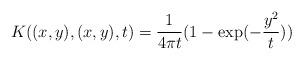
LaTeX: \begin{align*}K((x,y),(x,y),t) = {1\over{4\pi t}}(1-\exp(-{{y^2}\over t }))\end{align*}